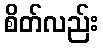
စိတ်လည်း